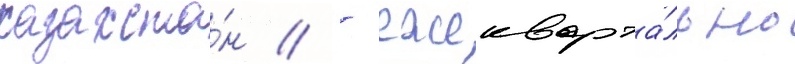
казахста́н // - ежекварта́льно